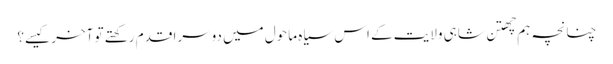
چنانچہ ہم چھتن شاہی ولایت کے اس سیاہ ماحول میں دوسرا قدم رکھتے تو آخر کیسے؟